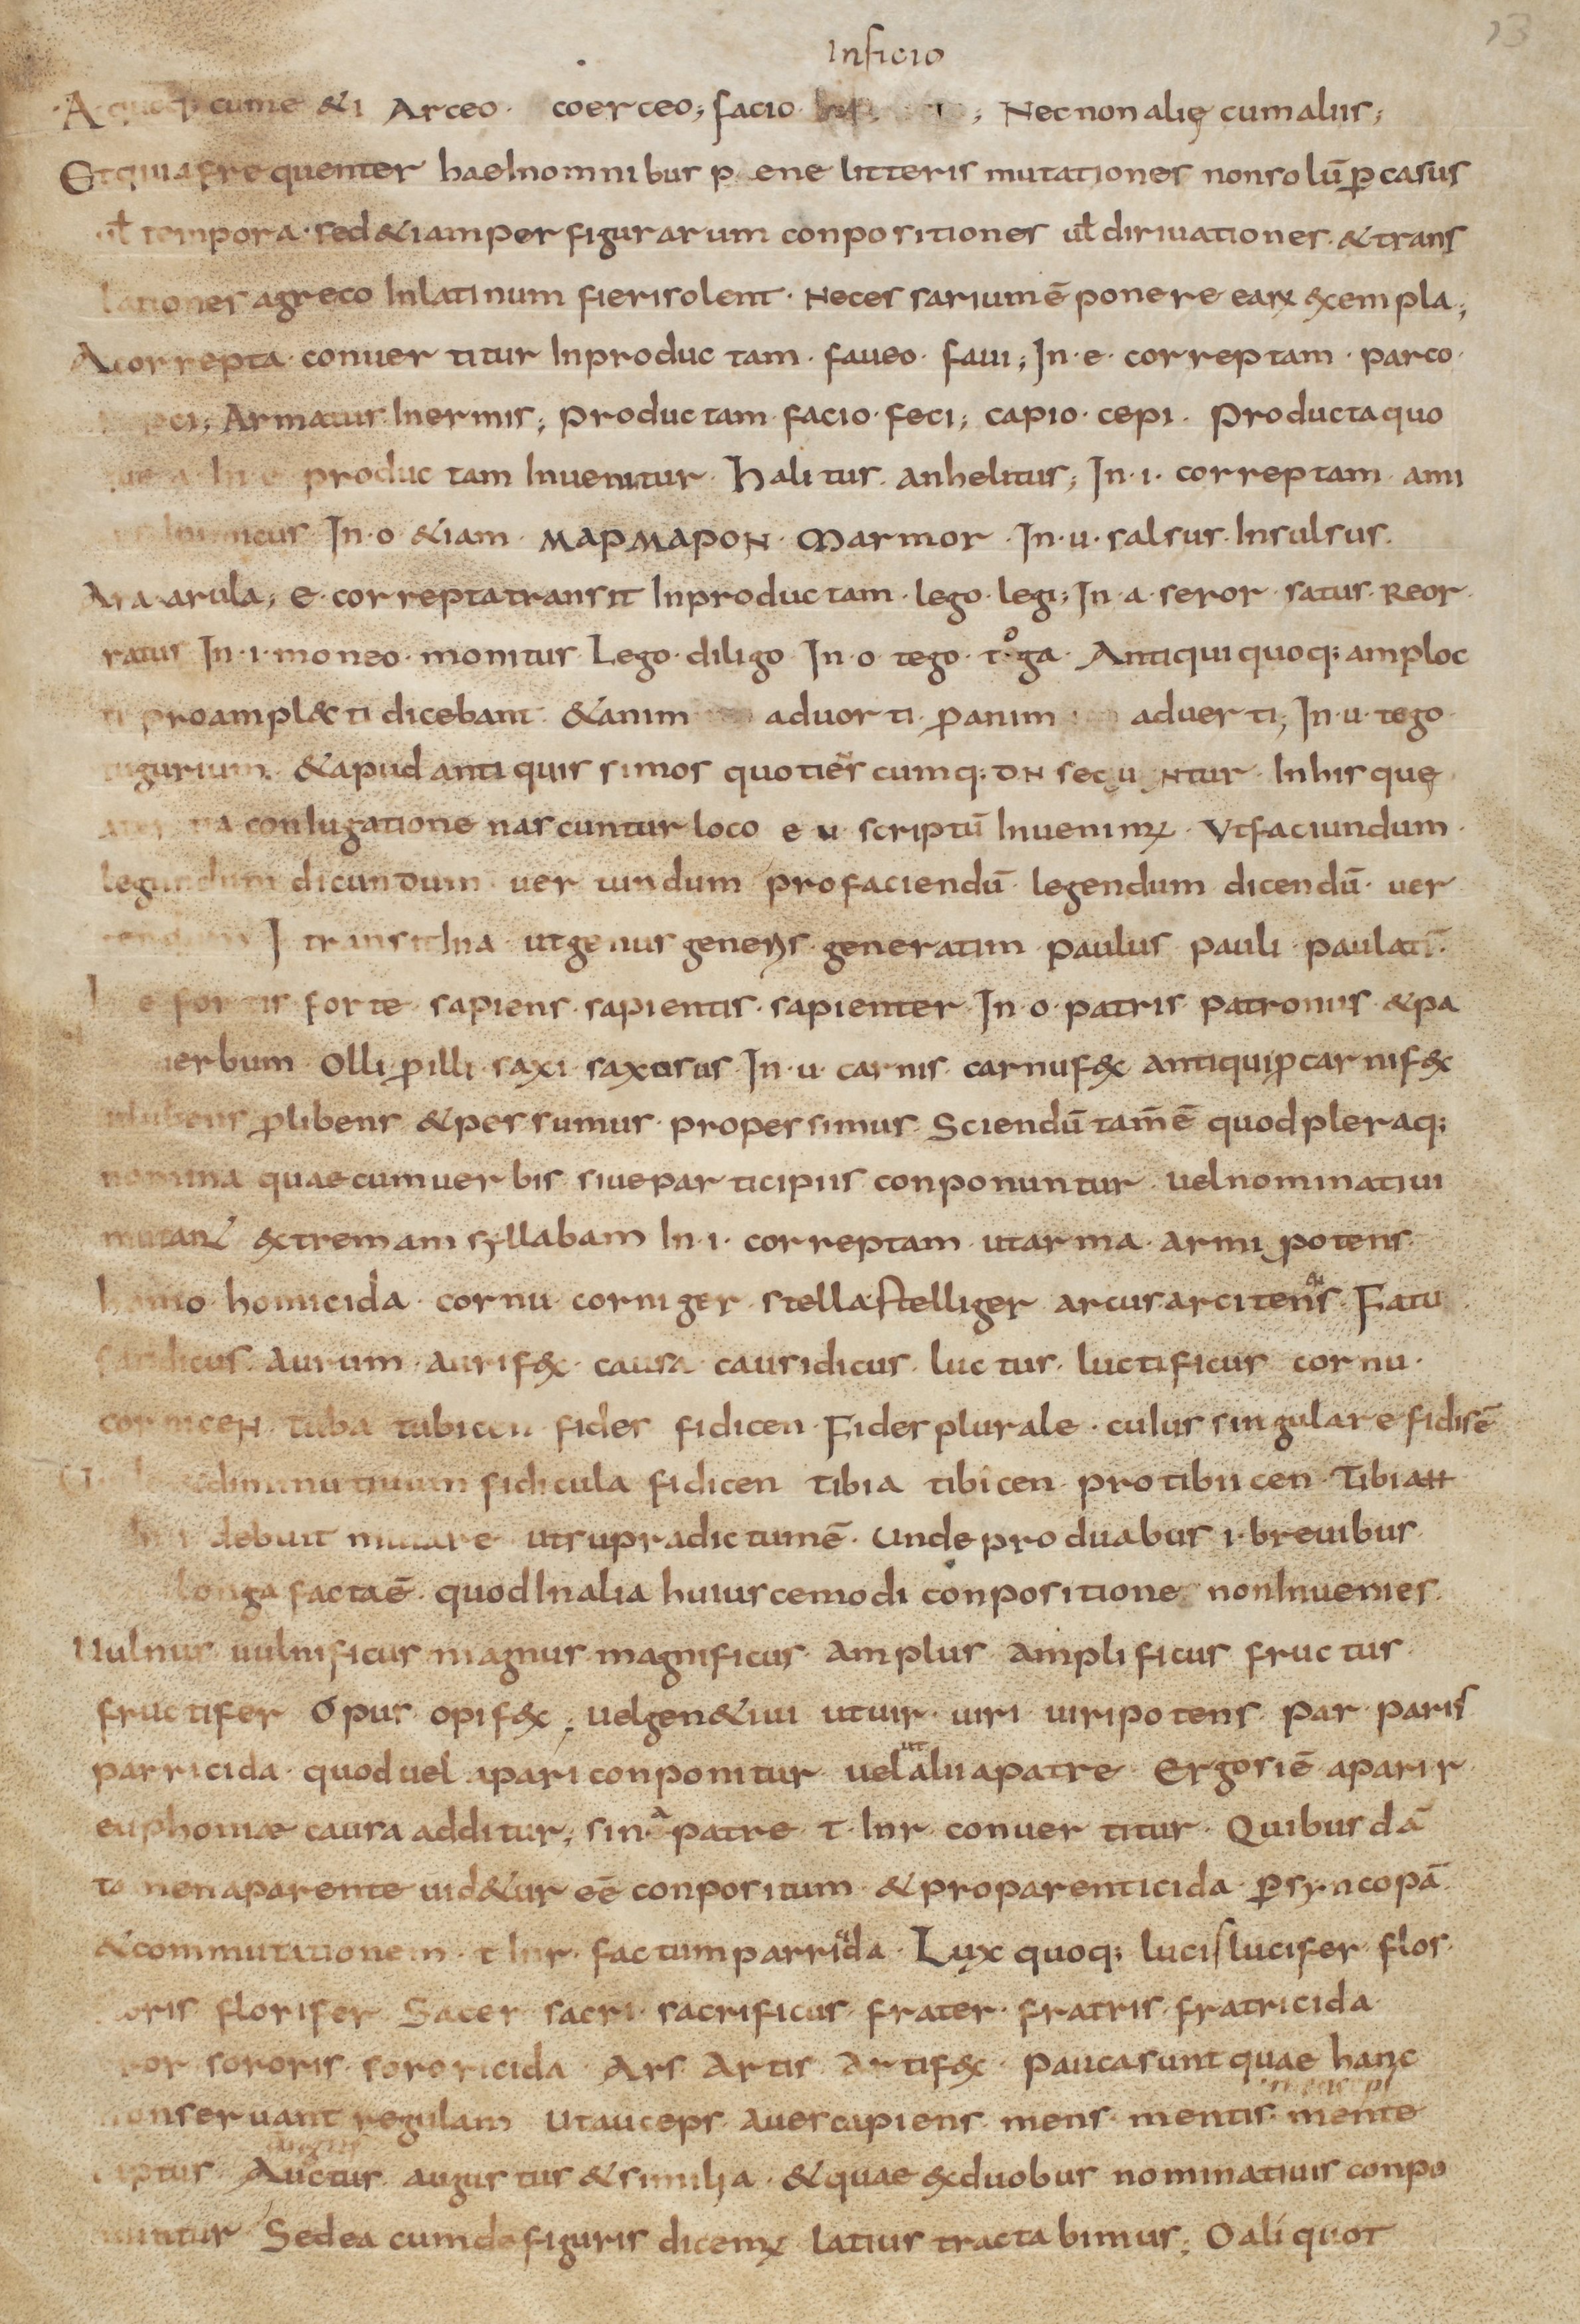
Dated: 900–999